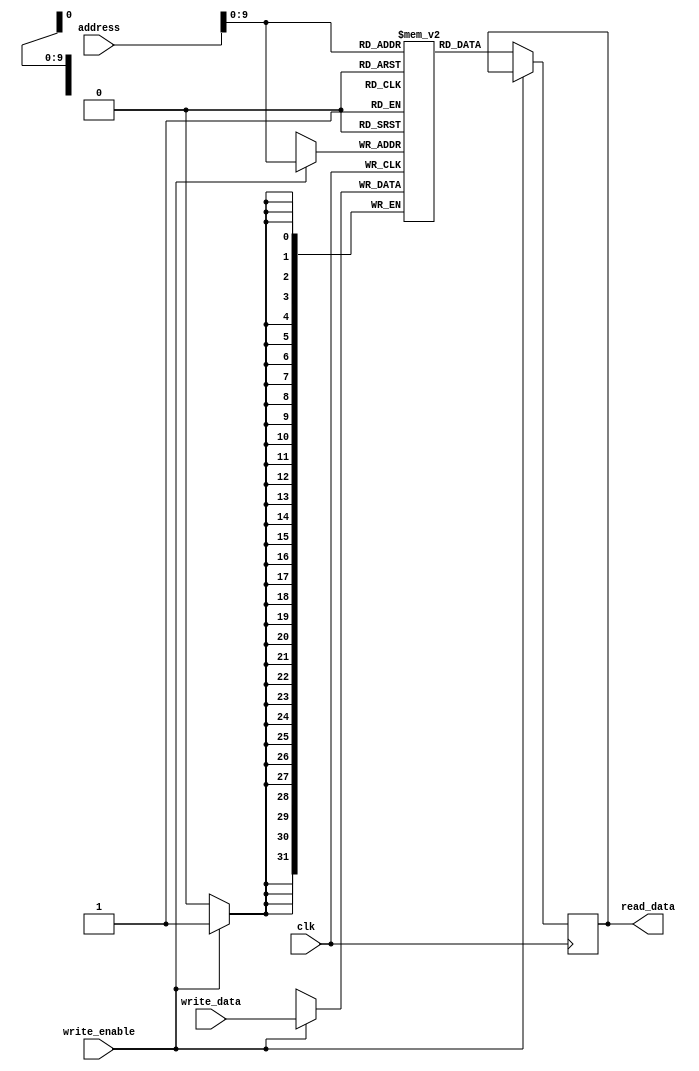
module flash_rom (
    input wire clk,
    input wire [31:0] address,
    input wire write_enable,
    input wire [31:0] write_data,
    output reg [31:0] read_data
);

// Memory organization
reg [31:0] memory [0:1023];

// Read operation
always @ (posedge clk) begin
    if (!write_enable) begin
        read_data <= memory[address];
    end
end

// Write operation
always @ (posedge clk) begin
    if (write_enable) begin
        memory[address] <= write_data;
    end
end

endmodule